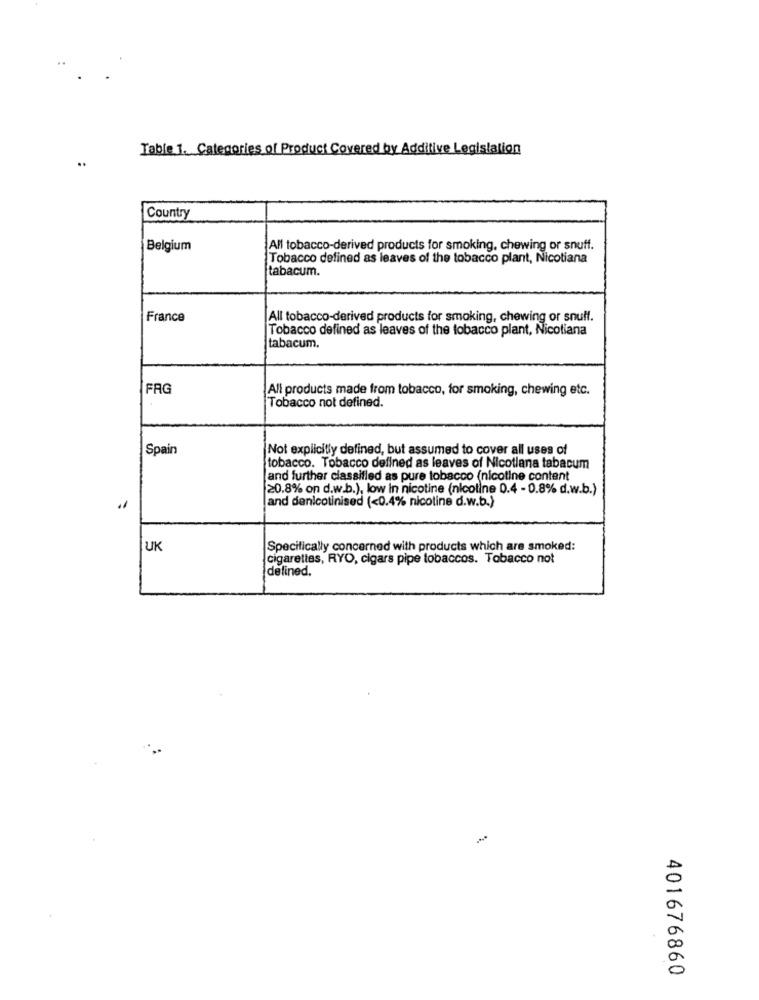
Table 1. Categories of Product Covered by Additive Legislation
..
Country
Belgium
All tobacco-derived products for smoking, chewing or snuff.
Tobacco defined as leaves of the tobacco plant, Nicotiana
tabacum.
France
All tobacco-derived products for smoking, chewing or snulf.
Tobacco defined as leaves of the tobacco plant, Nicotiana
tabacum.
FAG
All products made from tobacco, for smoking, chewing etc.
Tobacco not defined.
Spain
Not explicitly defined, but assumed to cover all uses of
tobacco. Tobacco defined as leaves of Nicotiana tabacum
and further classified as pure tobacco (nicotine content
20.8% on d.w.b.), low in nicotine (nicotine 0.4 - 0.8% d.w.b.)
and denicotinised (<0.4% nicotine d.w.b.)
11
UK
Specifically concerned with products which are smoked:
cigarettes, RYO, cigars pipe tobaccos. Tobacco not
defined.
401676860